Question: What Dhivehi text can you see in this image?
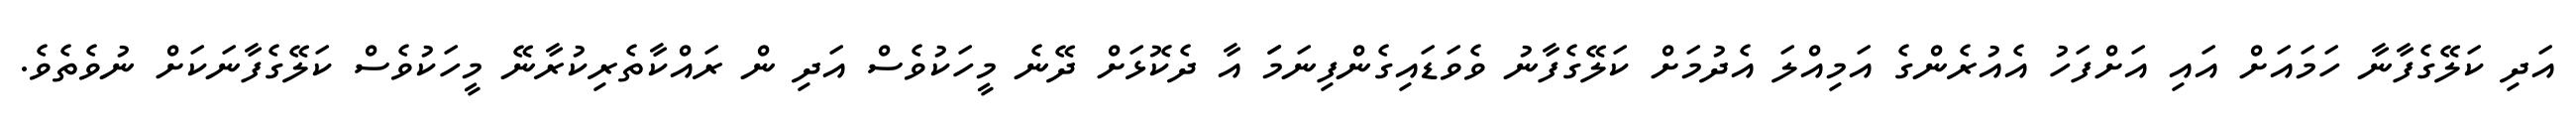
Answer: އަދި ކަލޭގެފާނާ ހަމައަށް އައި އަށްފަހު އެއުރެންގެ އަމިއްލަ އެދުމަށް ކަލޭގެފާނު ވެވަޑައިގެންފިނަމަަ އާ ދެކޮޅަށް ދޭނެ މީހަކުވެސް އަދި ން ރައްކާތެރިކުރާނޭ މީހަކުވެސް ކަލޭގެފާނަކަށް ނުވެތެވެ.